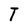
Character: T